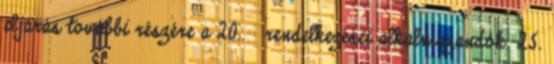
eljárás további részére a 20. § rendelkezései alkalmazandók. 25.